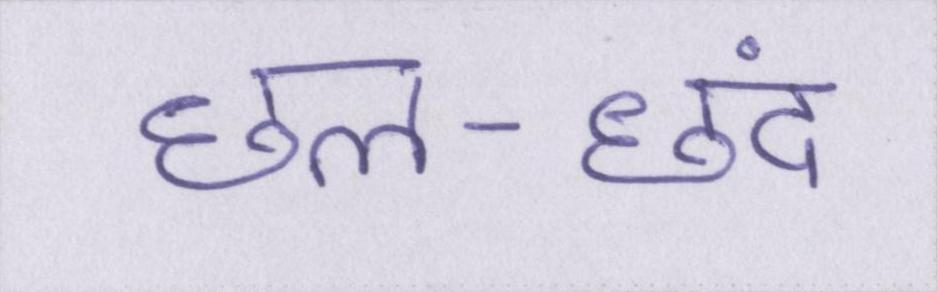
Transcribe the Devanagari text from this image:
छल-छंद